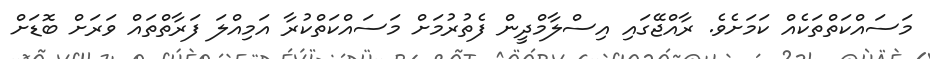
މަސައްކަތްތަކެއް ކަމަށެވެ. ރާއްޖޭގައި އިސްލާމްދީން ފެތުރުމަށް މަސައްކަތްކުރާ އަމިއްލަ ފަރާތްތައް ވަރަށް ބޮޑަށް